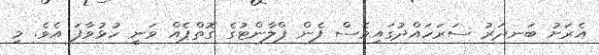
އެރަށު ބަނދަރު ސަރަހައްދުގައިވެސް ފެން ޕްލާންޓުގެ ގޮތްޕެއް ވަނީ ހުޅުވާފަ އެވެ. މި